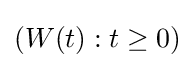
(W(t):t\geq 0)